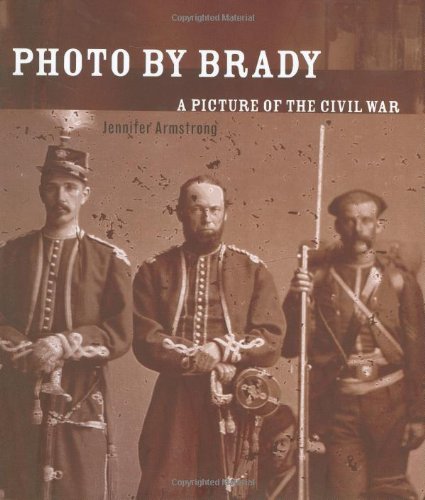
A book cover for Photo by Brady: A Picture of the Civil War; Jennifer Armstrong; Children's Books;